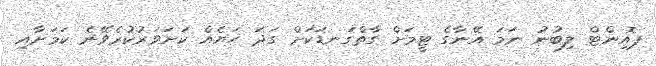
ޕޮއިންޓް ލިބުނު ނަމަ އޭނާގެ ޓީމަށް ގާތްގަނޑަކަށް ގަދަ ހަޔެއް ކަށަވަރުކުރެވޭނެ ކަމަށާއި